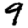
Digit: 9